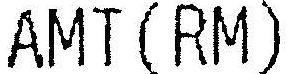
AMT (RM)